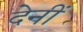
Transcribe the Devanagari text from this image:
देनीं